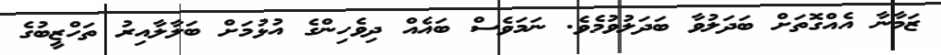
ޒަމާނާ އެއްގޮތަށް ބަދަލުވާ ބަދަލުވުމެވެ. ނަމަވެސް ބައެއް ދިވެހިންގެ އުޅުމަށް ބަލާލާއިރު ތަހްޒީބުގެ